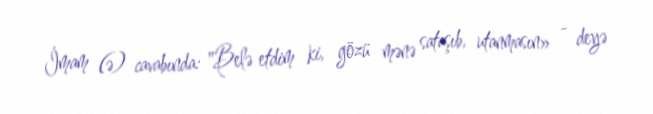
İmam (ə) cavabında: "Belə etdim ki, gözü mənə sataşıb, utanmasın» - deyə